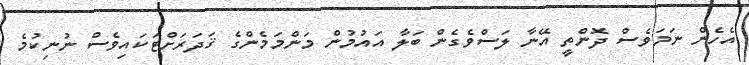
އެހެން ނަމަވެސް ދޮންތީ އޭނާ ލަސްވެގެން ބަލާ އައުމުން މަންމަމެންގެ ޤަދަރަށްޓަކައިވެސް ނުނިކުމެ